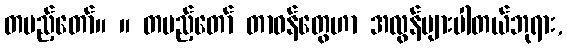
တပည့်တော်။ ။ တပည့်တော် တာဝန်တွေဟာ အလွန်များပါတယ်ဘုရား,